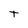
Character: T